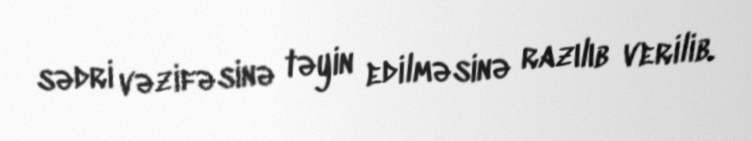
sədri vəzifəsinə təyin edilməsinə razılıb verilib.